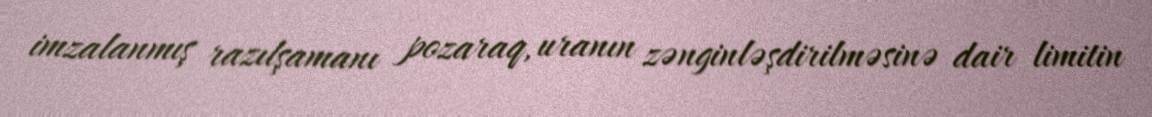
imzalanmış razılşamanı pozaraq, uranın zənginləşdirilməsinə dair limitin